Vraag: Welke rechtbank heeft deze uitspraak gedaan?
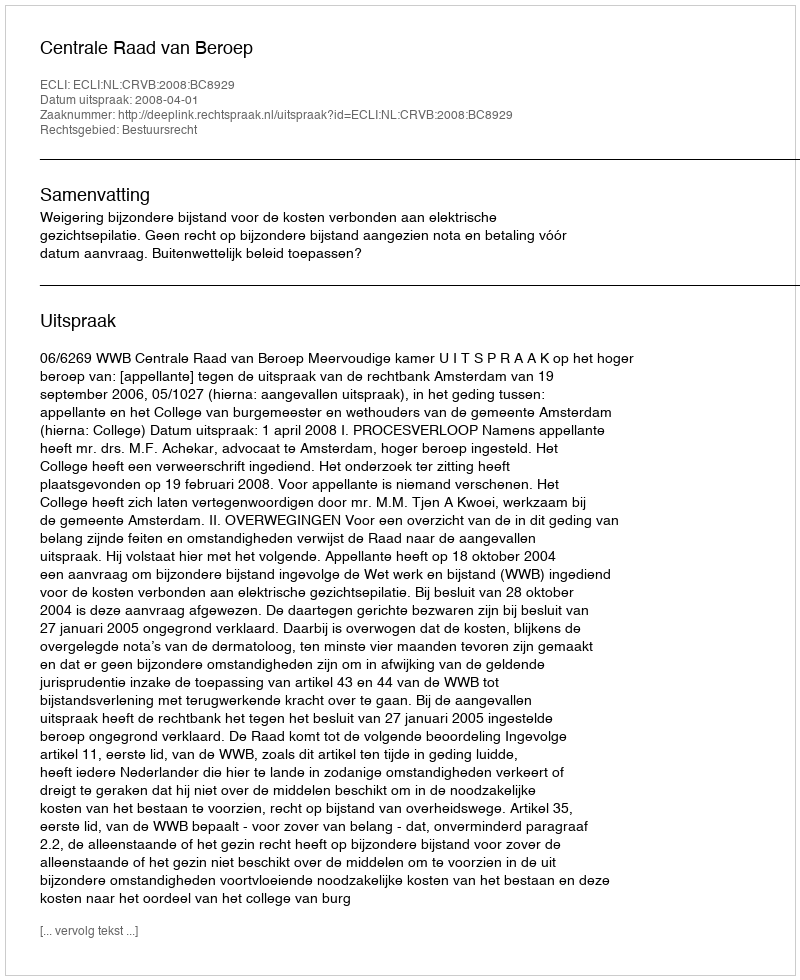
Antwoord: Centrale Raad van Beroep